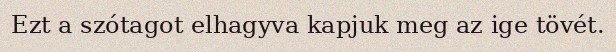
Ezt a szótagot elhagyva kapjuk meg az ige tövét.